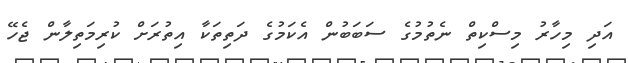
އަދި މިހާރު މިސްކިތް ނެތުމުގެ ސަބަބުން އެކަމުގެ ދަތިތަކާ އިތުރަށް ކުރިމަތިލާން ޖެހޭ